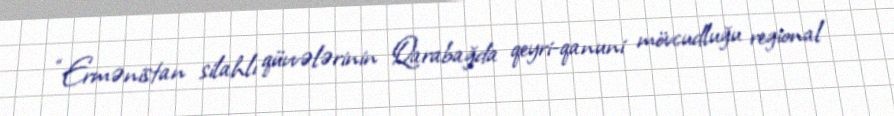
“Ermənistan silahlı qüvvələrinin Qarabağda qeyri-qanuni mövcudluğu regional